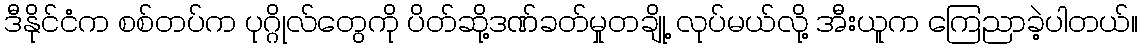
ဒီနိုင်ငံက စစ်တပ်က ပုဂ္ဂိုလ်တွေကို ပိတ်ဆို့ဒဏ်ခတ်မှုတချို့ လုပ်မယ်လို့ အီးယူက ကြေညာခဲ့ပါတယ်။